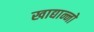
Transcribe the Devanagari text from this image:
खाद्यान्नो